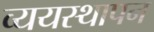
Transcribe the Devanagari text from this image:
व्ययस्थापन